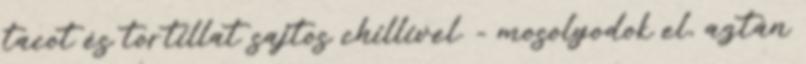
tacot és tortillat sajtos chillivel. - mosolyodok el, aztán